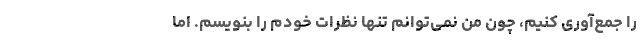
را جمع‌آوری کنیم، چون من نمی‌توانم تنها نظرات خودم را بنویسم. اما